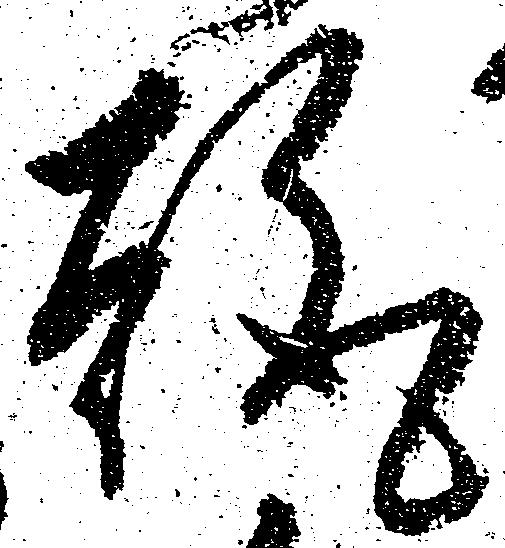
趣